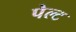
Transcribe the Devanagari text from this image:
पेल्ट